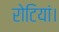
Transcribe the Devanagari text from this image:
रोटियां।